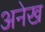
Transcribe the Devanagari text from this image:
अनेख